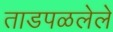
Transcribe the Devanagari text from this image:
ताडपळलेले